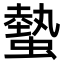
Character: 𧐨